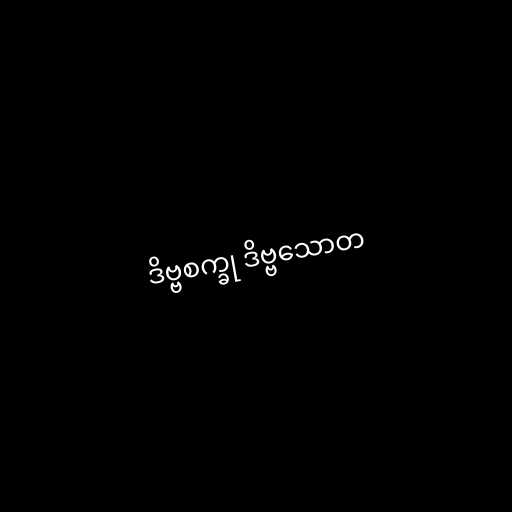
ဒိဗ္ဗစက္ခု ဒိဗ္ဗသောတ